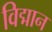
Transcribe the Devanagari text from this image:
विद्मान